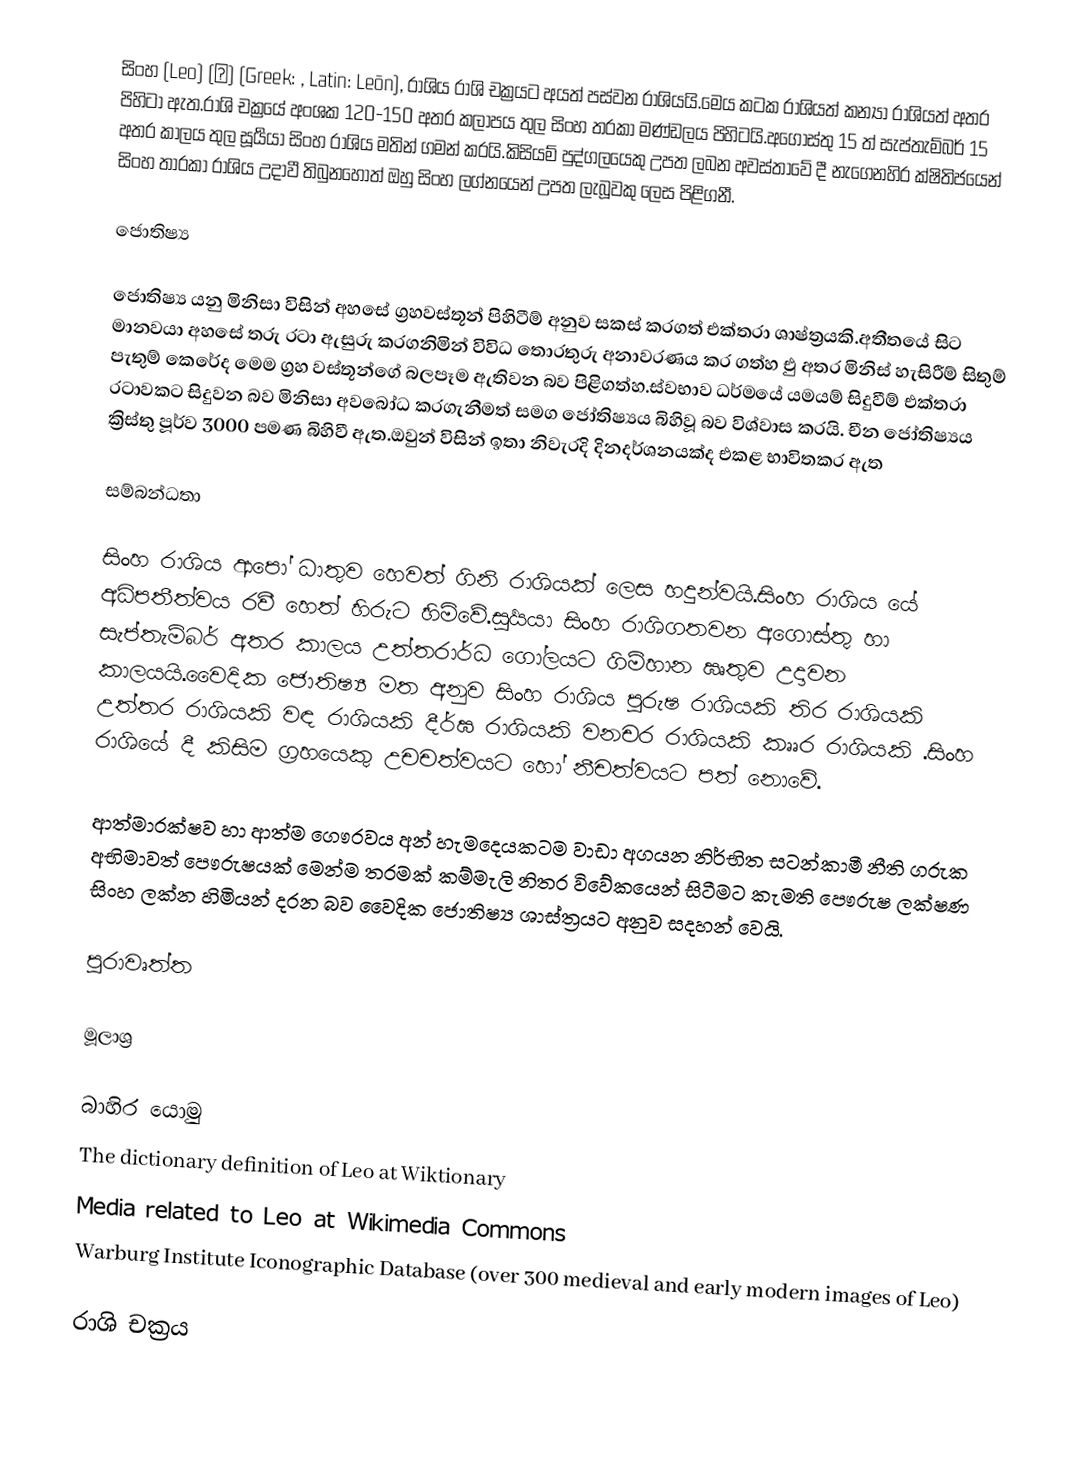
සිංහ (Leo) (♌) (Greek: , Latin: Leōn), රාශිය රාශි චක්‍රයට අයත් පස්වන රාශියයි.මෙය කටක රාශියත් කන්‍යා රාශියත් අතර පිහිටා ඇත.රාශි චක්‍රයේ අංශක 120-150 අතර කලාපය තුල සිංහ තරකා මණ්ඩලය පිහිටයි.අගොස්තු 15 ත් සැප්තැම්බර් 15 අතර කාලය තුල සූර්‍යයා සිංහ රාශිය මතින් ගමන් කරයි.කිසියම් පුද්ගලයෙකු උපත ලබන අවස්තාවේ දී නැගෙනහිර ක්ෂිතිජයෙන් සිංහ තාරකා රාශිය උදාවී තිබුනහොත් ඔහු සිංහ ලග්නයෙන් උපත ලැබූවකු ලෙස පිළිගනී.

ජොතිෂ්‍ය

ජොතිෂ්‍ය යනු මිනිසා විසින් අහසේ ග්‍රහවස්තූන් පිහිටීම් අනුව සකස් කරගත් එක්තරා ශාෂ්ත්‍රයකි.අතීතයේ සිට මානවයා අහසේ තරු රටා ඇසුරු කරගනිමින් විවිධ තොරතුරු අනාවරණය කර ගත්හ එු අතර මිනිස් හැසිරීම් සිතුම් පැතුම් කෙරේද මෙම ග්‍රහ වස්තූන්ගේ බලපෑම ඇතිවන බව පිළිගත්හ.ස්වභාව ධර්මයේ යමයම් සිදුවීම් එක්තරා රටාවකට සිදුවන බව මිනිසා අවබෝධ කරගැනීමත් සමග ජෝතිෂ්‍යය බිහිවූ බව විශ්වාස කරයි. චීන ජෝතිෂ්‍යය ක්‍රිස්තු පූර්ව 3000 පමණ බිහිවී ඇත.ඔවුන් විසින් ඉතා නිවැරදි දිනදර්ශනයක්ද එකළ භාවිතකර ඇත

සම්බන්ධතා

සිංහ රාශිය ආපෝ ධාතුව හෙවත් ගිනි රාශියක් ලෙස හදුන්වයි.සිංහ රාශිය යේ අධිපතීත්වය රවී හෙත් හිරුට හිමිවේ.සුර්‍යයා සිංහ රාශිගතවන අගොස්තු හා සැප්තැම්බර් අතර කාලය උත්තරාර්ධ ගෝලයට ගිම්හාන ඍතුව උදාවන කාලයයි.වෛදික ජොතිෂ්‍ය මත අනුව සිංහ රාශිය පුරුෂ රාශියකි තිර රාශියකි උත්තර රාශියකි වඳ රාශියකි දීර්ඝ රාශියකි වනචර රාශියකි කෘෘර රාශියකි .සිංහ රාශියේ දී කිසිම ග්‍රහයෙකු උචචත්වයට හෝ නීචත්වයට පත් නොවේ.

ආත්මාරක්ෂව හා ආත්ම ගෞරවය අන් හැමදෙයකටම වාඩා අගයන නිර්භිත සටන්කාමී නීති ගරුක අභිමාවත් පෞරුෂයක් මෙන්ම තරමක් කම්මැලි නිතර විවේකයෙන් සිටීමට කැමති පෞරුෂ ලක්ෂණ සිංහ ලක්න හිමියන් දරන බව වෛදික ජොතිෂ්‍ය ශාස්ත්‍රයට අනුව සදහන් වෙයි.

පුරාවෘත්ත

මූලාශ්‍ර

බාහිර යොමු
  The dictionary definition of Leo at Wiktionary
  Media related to Leo  at Wikimedia Commons
 Warburg Institute Iconographic Database (over 300 medieval and early modern images of Leo)

රාශි චක්‍රය